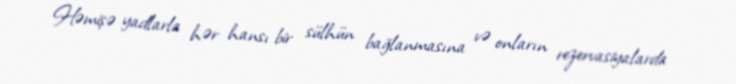
Həmişə yadlarla hər hansı bir sülhün bağlanmasına və onların rezervasiyalarda